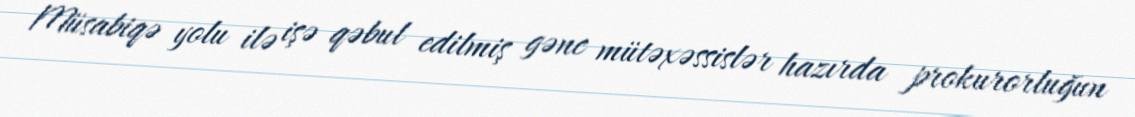
Müsabiqə yolu ilə işə qəbul edilmiş gənc mütəxəssislər hazırda prokurorluğun